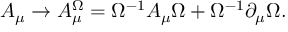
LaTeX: A _ { \mu } \to A _ { \mu } ^ { \Omega } = \Omega ^ { - 1 } A _ { \mu } \Omega + \Omega ^ { - 1 } \partial _ { \mu } \Omega .